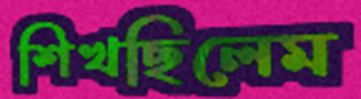
শিখছিলেম